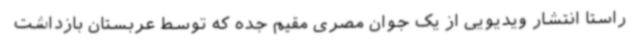
راستا انتشار ویدیویی از یک جوان مصری مقیم جده که توسط عربستان بازداشت